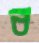
ব